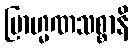
ဗြာဟ္မဏသစ္စာနိ